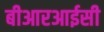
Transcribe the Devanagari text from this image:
बीआरआईसी